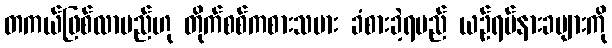
တကယ်ဖြစ်လာမည်ဟု တိုက်စစ်ကစားသမား ခံစားခဲ့ရမည် ယဉ်ရပ်နားခများကို